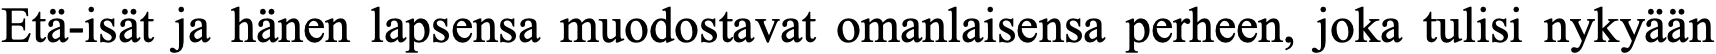
Etä-isät ja hänen lapsensa muodostavat omanlaisensa perheen, joka tulisi nykyään